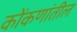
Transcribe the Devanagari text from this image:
कोंकणांतील